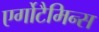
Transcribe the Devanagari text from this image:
एर्गोटैमिन्स